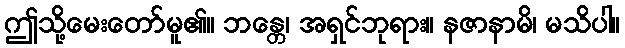
ဤသို့မေးတော်မူ၏။ ဘန္တေ၊ အရှင်ဘုရား။ နဇာနာမိ၊ မသိပါ။